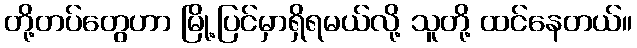
တို့တပ်တွေဟာ မြို့ပြင်မှာရှိရမယ်လို့ သူတို့ ထင်နေတယ်။